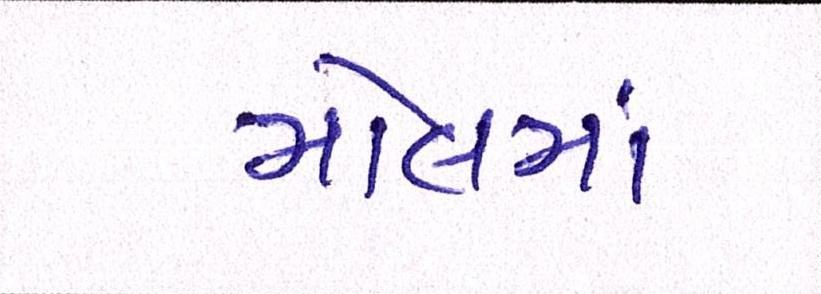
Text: મોલમાં